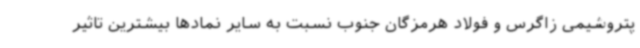
پتروشیمی زاگرس و فولاد هرمزگان جنوب نسبت به سایر نمادها بیشترین تاثیر